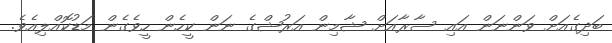
ބަދިގެއަށް ވަންނަން އައި ސާރާއަށް ޝާމިން އަރުޝްގެ ނަން ކީހެން ހީވެގެން މަޑުކޮއްލިއެވެ.